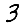
Digit: 3